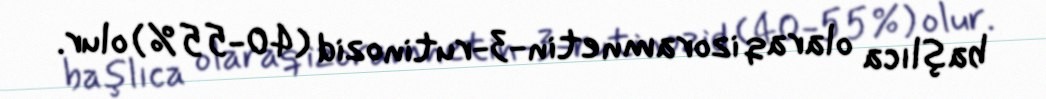
başlıca olaraq izoramnetin-3-rutinozid (40-55%) olur.